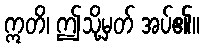
ဣတိ၊ ဤသို့မှတ် အပ်၏။